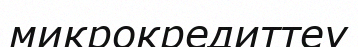
микрокредиттеу